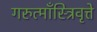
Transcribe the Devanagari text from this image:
गरुत्माँस्त्रिवृत्ते